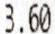
3.60